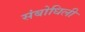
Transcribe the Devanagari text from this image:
संबोधिली